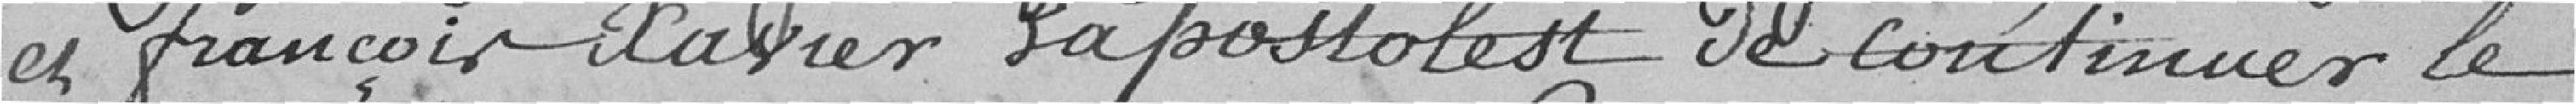
et François-Xavier Lapostolest de continuer le